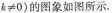
$$k≠0$$)的图象如图所示。